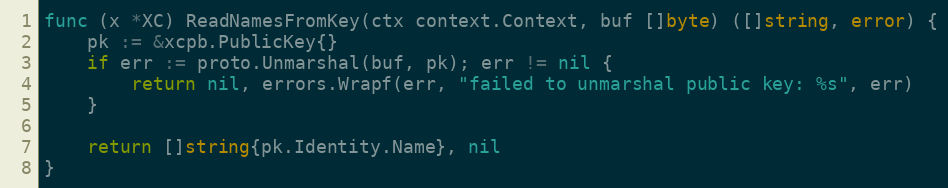
Language: Go
func (x *XC) ReadNamesFromKey(ctx context.Context, buf []byte) ([]string, error) {
	pk := &xcpb.PublicKey{}
	if err := proto.Unmarshal(buf, pk); err != nil {
		return nil, errors.Wrapf(err, "failed to unmarshal public key: %s", err)
	}

	return []string{pk.Identity.Name}, nil
}